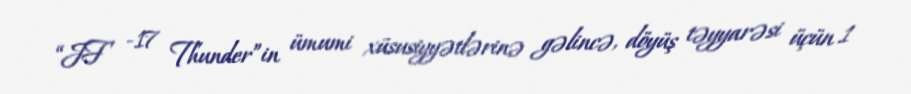
“JF -17 Thunder”in ümumi xüsusiyyətlərinə gəlincə, döyüş təyyarəsi üçün 1